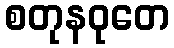
စတုနဝုတေ